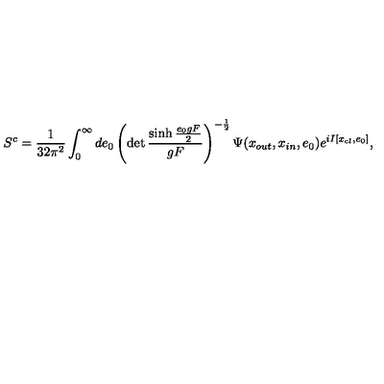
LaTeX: S \sp c = { \frac { 1 } { 3 2 \pi \sp 2 } } \int \sb 0 \sp \infty d e \sb 0 \left( \det \frac { \sinh \frac { e \sb 0 g F } { 2 } } { g F } \right) \sp { - \frac { 1 } { 2 } } \Psi ( x \sb { o u t } , x \sb { i n } , e \sb 0 ) e \sp { { i } I \lbrack x \sb { c l } , e \sb 0 \rbrack } ,